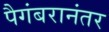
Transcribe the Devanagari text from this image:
पैगंबरानंतर